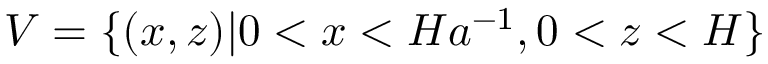
V = \{ ( x , z ) | 0 < x < H a ^ { - 1 } , 0 < z < H \}